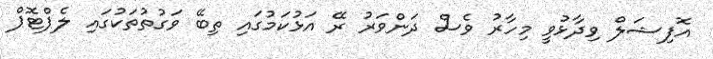
އޮފިޝަލް ވިދާޅުވީ މިހާރު ވެސް ދަންވަރު ރޭ އަޅުކަމުގައި ތިބޭ ވަގުތުތަކުގައި ލެޕްޓޮޕް